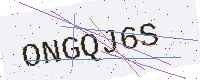
Text: ONGQJ6S